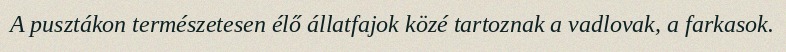
A pusztákon természetesen élő állatfajok közé tartoznak a vadlovak, a farkasok.